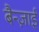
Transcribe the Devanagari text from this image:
बैन्ज़ाई